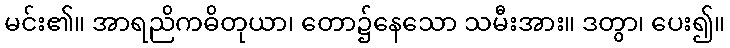
မင်း၏။ အာရညိကဓိတုယာ၊ တော၌နေသော သမီးအား။ ဒတွာ၊ ပေး၍။